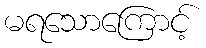
မရသောကြောင့်